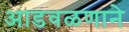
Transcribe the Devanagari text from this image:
आडवळणाने